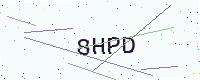
Text: 8HPD